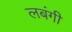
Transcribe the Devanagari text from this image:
लबंगी